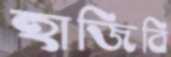
হাজিবি